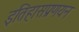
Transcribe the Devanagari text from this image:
इतिहासप्रणयन